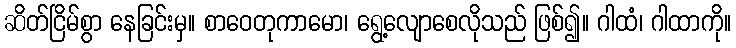
ဆိတ်ငြိမ်စွာ နေခြင်းမှ။ စာဝေတုကာမော၊ ရွေ့လျောစေလိုသည် ဖြစ်၍။ ဂါထံ၊ ဂါထာကို။